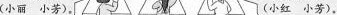
(小丽小芳)。(小红 小芳)。